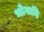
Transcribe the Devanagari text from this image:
भोगादि